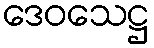
ဒေဝသေဋ္ဌ